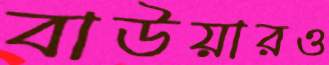
বাউয়ারও